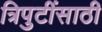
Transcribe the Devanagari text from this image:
त्रिपुटींसाठी